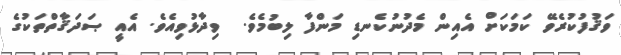
ވަޤުފުކުރެވޭ ކަމަކަށް އެއިން މެދުނުކެނޑި މަންފާ ލިބުމެވެ.  ވިދާޅުވިއެވެ. އެއީ ޞަދަޤާތްތަކުގެ